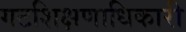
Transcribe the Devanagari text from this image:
गटशिक्षणाधिकारी